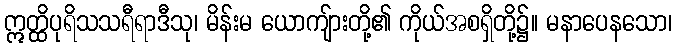
ဣတ္ထိပုရိသသရီရာဒီသု၊ မိန်းမ ယောကျ်ားတို့၏ ကိုယ်အစရှိတို့၌။ မနာပေနသော၊